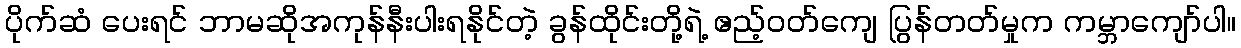
ပိုက်ဆံ ပေးရင် ဘာမဆိုအကုန်နီးပါးရနိုင်တဲ့ ခွန်ထိုင်းတို့ရဲ့ ဧည့်ဝတ်ကျေ ပြွန်တတ်မှုက ကမ္ဘာကျော်ပါ။